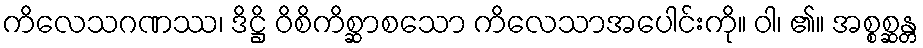
ကိလေသဂဏဿ၊ ဒိဋ္ဌိ ဝိစိကိစ္ဆာစသော ကိလေသာအပေါင်းကို။ ဝါ၊ ၏။ အစ္စစ္ဆန္တ